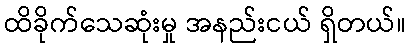
ထိခိုက်သေဆုံးမှု အနည်းငယ် ရှိတယ်။